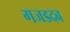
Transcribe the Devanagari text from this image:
गजडदब